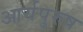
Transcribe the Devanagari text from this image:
आर्यपुरुष